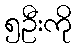
၅ဦးကို